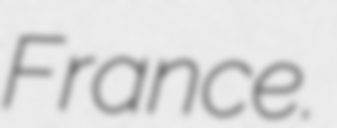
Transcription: France.